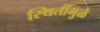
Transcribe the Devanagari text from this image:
स्थितींमुळे